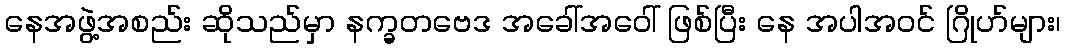
နေအဖွဲ့အစည်း ဆိုသည်မှာ နက္ခတဗေဒ အခေါ်အဝေါ် ဖြစ်ပြီး နေ အပါအဝင် ဂြိုဟ်များ၊